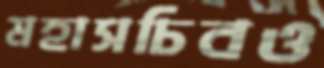
মহাসচিবও